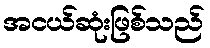
အငယ်ဆုံးဖြစ်သည်